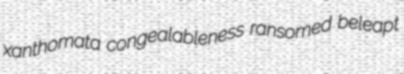
xanthomata congealableness ransomed beleapt